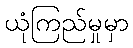
ယုံကြည်မှုမှာ